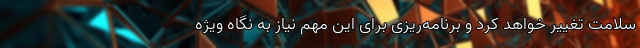
سلامت تغییر خواهد کرد و برنامه‌ریزی برای این مهم نیاز به نگاه ویژه